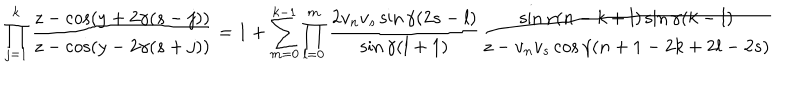
\prod _ { j = 1 } ^ { k } \frac { z - \cos ( y + 2 \gamma ( s - j ) ) } { z - \cos ( y - 2 \gamma ( s + j ) ) } = 1 + \sum _ { m = 0 } ^ { k - 1 } \prod _ { l = 0 } ^ { m } \frac { 2 v _ { n } v _ { s } \sin \gamma ( 2 s - l ) } { \sin \gamma ( l + 1 ) } \frac { \sin \gamma ( n - k + l ) \sin \gamma ( k - l ) } { z - v _ { n } v _ { s } \cos \gamma ( n + 1 - 2 k + 2 l - 2 s ) }